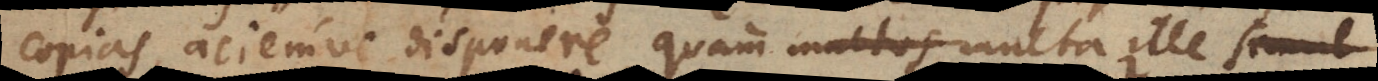
copias, aciemve disponere, quam multos multa ille simul